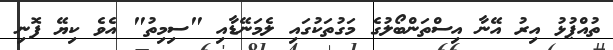
ތުއްޕުޅު އިރު އޭނާ އިސްތަންބޯލުގެ މަގުތަކުގައި ލެމަނޭޑާއި "ސިމިތު" އެވެ ކިޔޭ ފޮނި